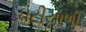
ઘટીયાળી